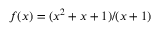
f ( x ) = ( x ^ { 2 } + x + 1 ) / ( x + 1 )